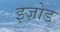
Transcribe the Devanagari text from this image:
इज़ोड